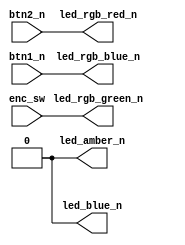
module rgb_button (
  input btn1_n,
  input btn2_n,
  input enc_sw,
  output led_blue_n,
  output led_amber_n,
  output led_rgb_red_n,
  output led_rgb_blue_n,
  output led_rgb_green_n,
);

assign led_blue_n  = 1'b0;
assign led_amber_n = 1'b0;
  
assign led_rgb_blue_n  = btn1_n;
assign led_rgb_red_n   = btn2_n;
assign led_rgb_green_n = enc_sw;

endmodule